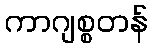
ကာဂျစ္စတန်